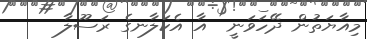
މިއާޔަތުން ދޭހަވަނީ  އާ އެކަލާނގެ ރަސޫލާ